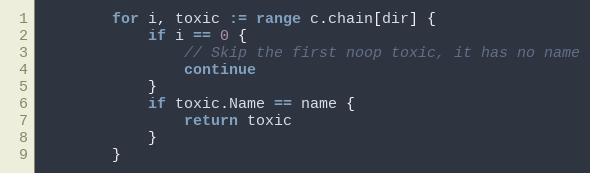
Language: Go
		for i, toxic := range c.chain[dir] {
			if i == 0 {
				// Skip the first noop toxic, it has no name
				continue
			}
			if toxic.Name == name {
				return toxic
			}
		}